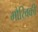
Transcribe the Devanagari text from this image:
मौखिकी